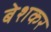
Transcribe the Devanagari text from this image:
बेशकर